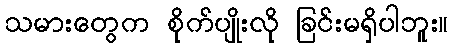
သမားတွေက စိုက်ပျိုးလို ခြင်းမရှိပါဘူး။